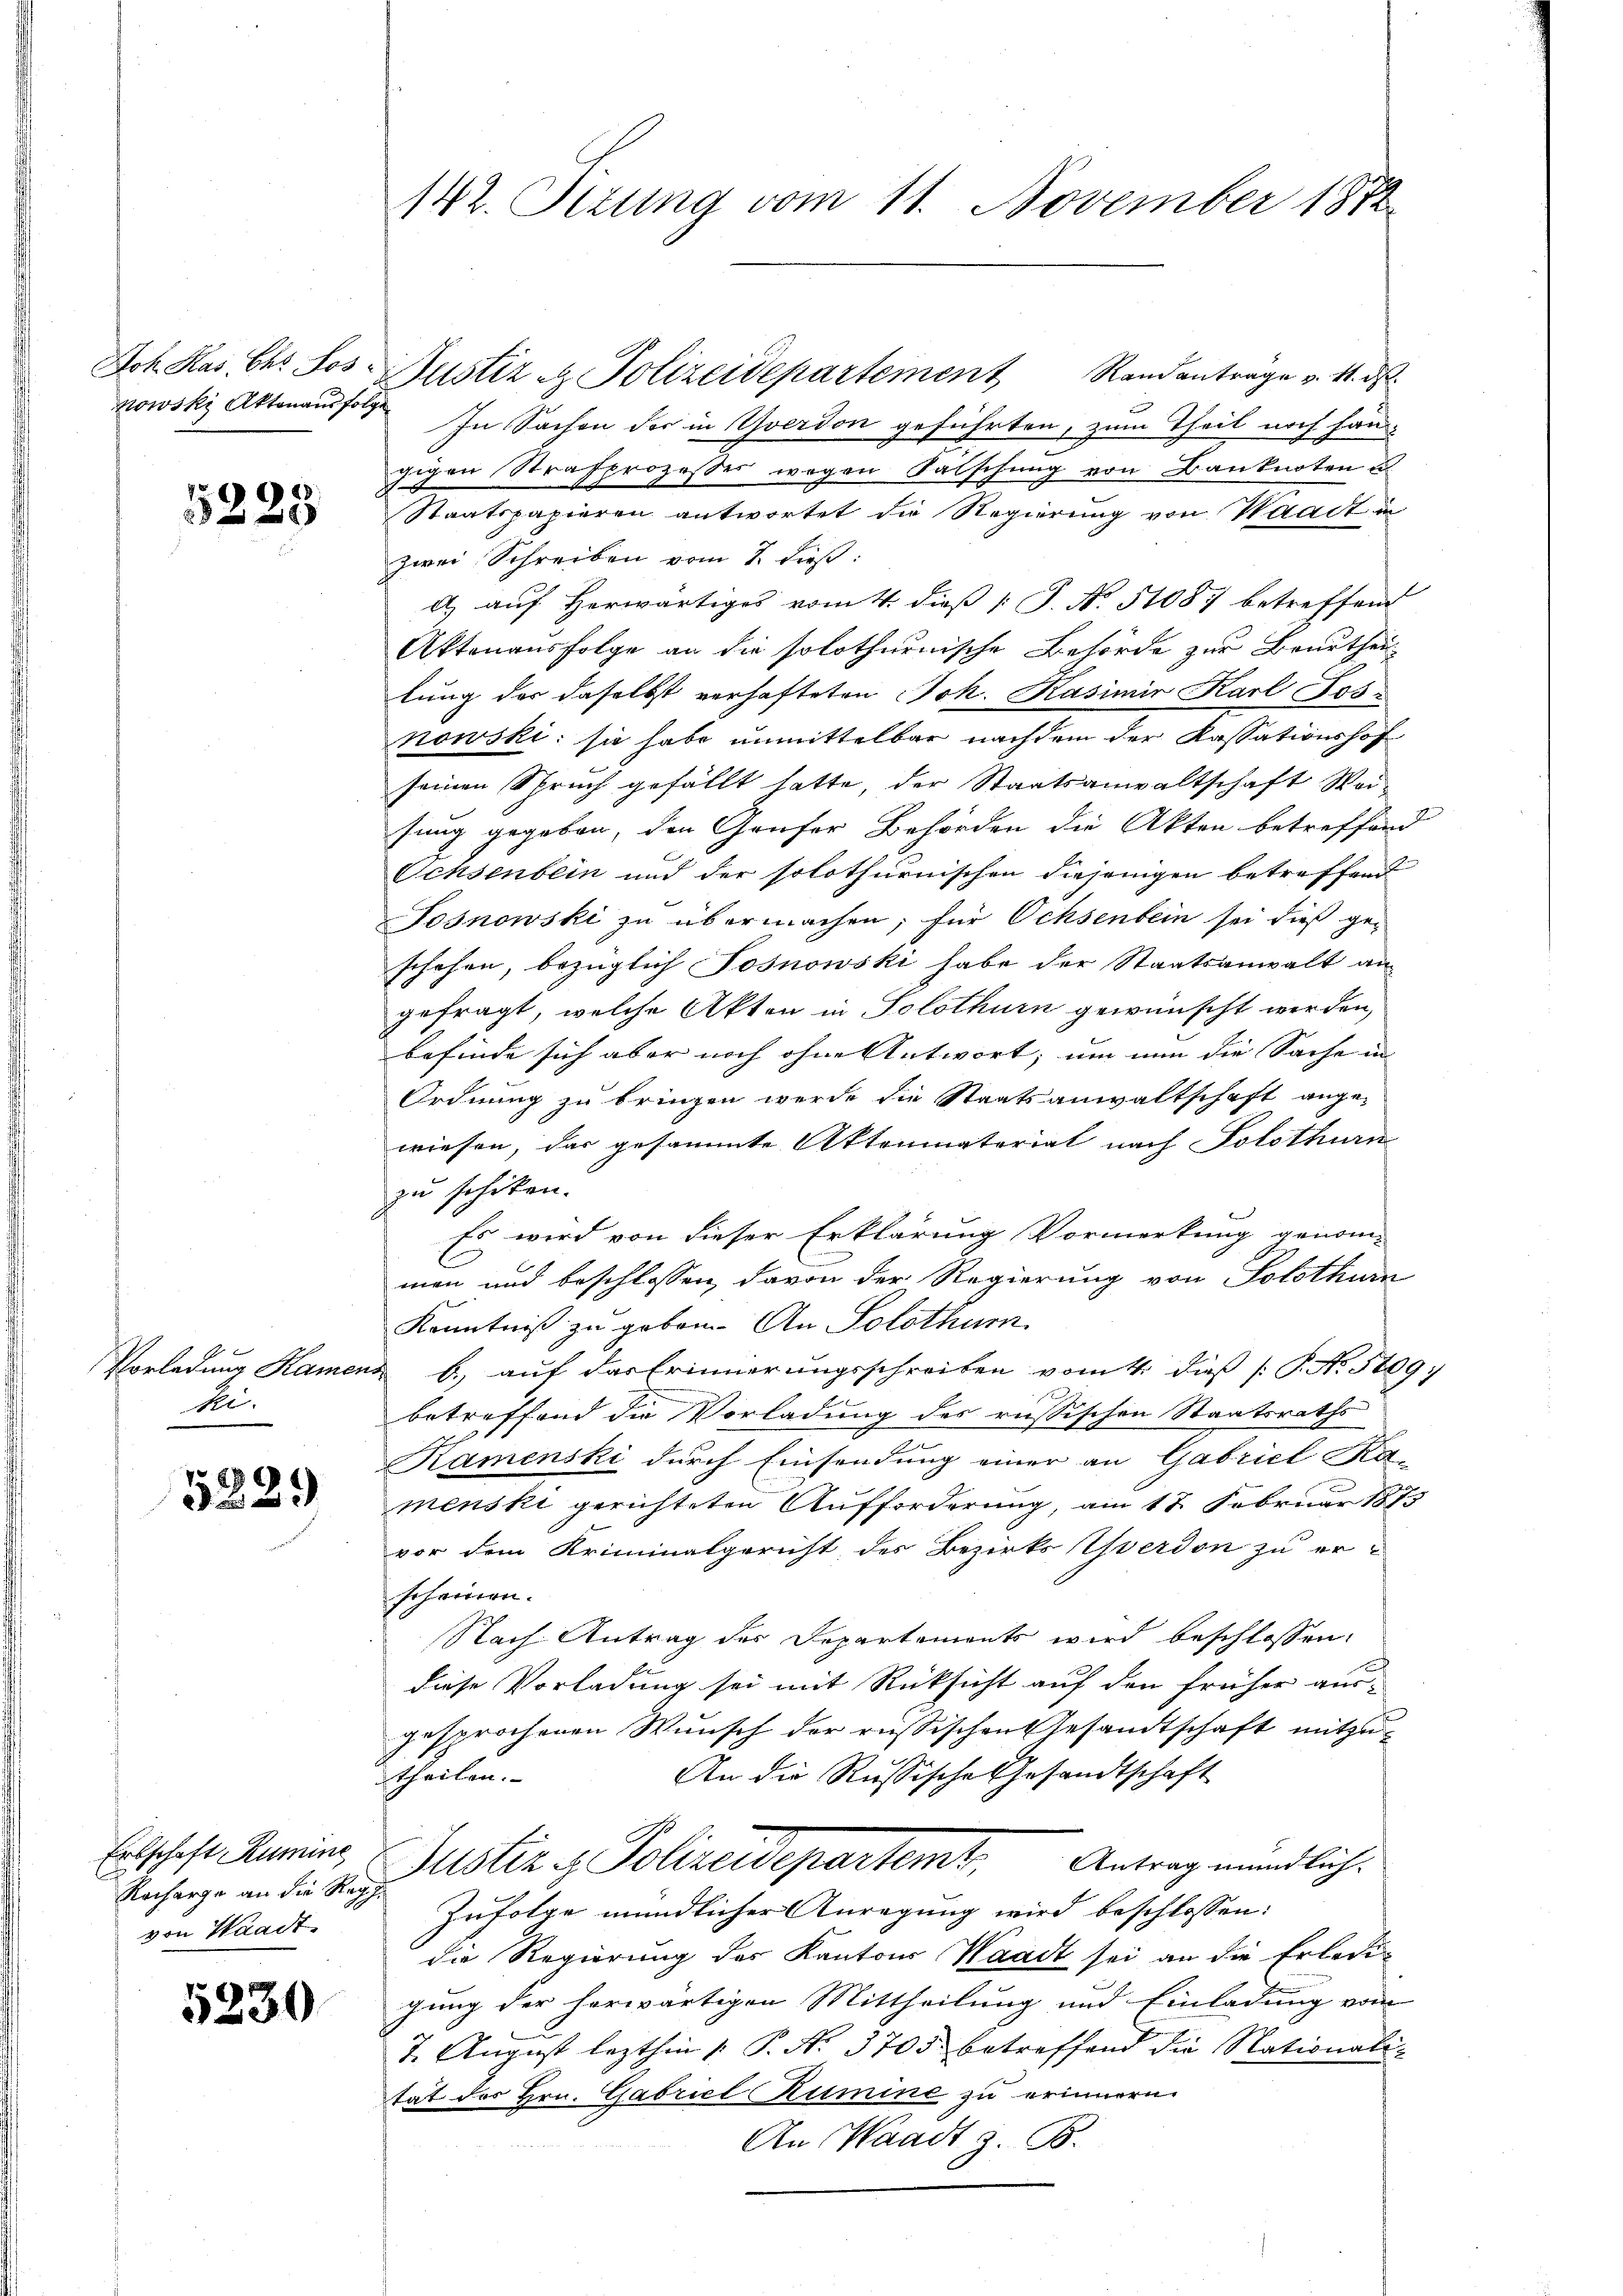
5228

Vorladung Kamer
ki.

5289

Erbschaft Rumine
Rocharge an die Reg
von Waadt

5230

142. Situng vom 11. November 1872

Joh. Kas. Chr. Jos. Justiz u. Polizeidepartement Randanträge v. 11. ds.
nowski Aktenausfolge In Sachen der in Yverdon geführten, zum Theil noch han
gigen Strafprozesser wegen Falschung von Banknoten u
Staatspapieren antwortet die Regierung von Waadt in
zwei Schreiben vom 7. dieß:
a) auf herwärtiges vom 4. dieβ /: J. No. 51087 betreffend
Aktenausfolge an die solothurnische Behörde zur Beurtheil
lung der daselbst verhafteten Joh. Kasimir Karl Jos
nowski: sie habe unmittelbar nachdem der Kassationshof
seinen Spruch gefällt hatte, der Staatsanwaltschaft Weisung gegeben, den Gaufer Behörden die Akten betreffend
Ochsenbein und der solothurnischen diejenigen betreffend
Tosnowski zu übermachen; für Ochsenbein sei dieß ge-
schehen, bezüglich Sosnowski habe der Staatsanwalt an
gefragt, welche Akten in Solothurn gewünscht werden,
befinde sich aber noch ohne Antwort, um nun die Sache in
Ordnung zu bringen werde die Staatsanwaltschaft ange-
wiesen, das gesammte Aktenmaterial nach Solothurn
zu schiken.
Es wird von dieser Erklärung Vormerkung genom-
E
man und beschlossen, davon der Regierung von Solothurn
Kenntniß zu geben. An Solothum
 b.) auf das Erinnerungsschreiben vom 4. dieß (: P. N. 5809:
f
betreffend die Vorladung des russischen Staatsraths
Kamenski durch Einsendung einer an Gabriel Ka-
menski gerichteten Aufforderung, am 17. Februar 1873
vor dem Kriminalgericht des Bezirks Yverdon zu er-
scheinen.
Nach Antrag des Departements wird beschlossen:
diese Vorladung sei mit Rücksicht auf den früher ausgesprochenen Wunsch der russischen Gesandtschaft mitzu-
An die Russische Gesandtschaft
theilen.
Justiz & Polizeidepartamt, Antrag mündlich.
Zufolge mündlicher Anregung wird beschlossen:
die Regierung des Kantons Waadt sei an die Erledigung der herwärtigen Mittheilung und Einladung vom
7. August lezthin  P. N. 3705 betreffend die Nationali-
tat des Hrn. Gabriel Rumine zu erinnern.
An Waadt z. B.